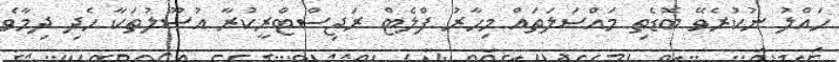
ހައްލު ނުކުރެވޭ ބޮޑެތި މައްސަލަތައް މިހާރު ފްލެޓް ރަޖިސްޓްރީކުރާ އުސޫލުތަކާ ހެދި ދިމާވެ